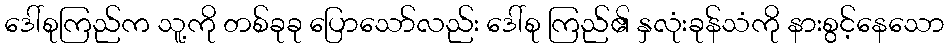
ဒေါ်စုကြည်က သူ့ကို တစ်ခုခု ပြောသော်လည်း ဒေါ်စု ကြည်၏ နှလုံးခုန်သံကို နားစွင့်နေသော